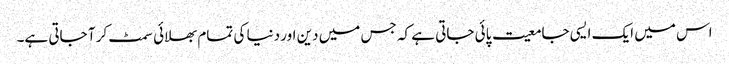
اس میں ایک ایسی جامعیت پائی جاتی ہے کہ جس میں دین اور دنیا کی تمام بھلائی سمٹ کر آ جاتی ہے۔